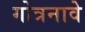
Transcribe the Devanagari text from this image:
गोत्रनावे